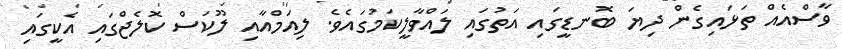
ވާސްއެއް ތަޅައިގެން ދިޔަ ބޮނޑީގައި އަތުގައި ލައްވާލީކަމުގައެވެ. ލިއަމްއާއި ލޫކަސް ކޮލެޖްގައި އެކީގައި